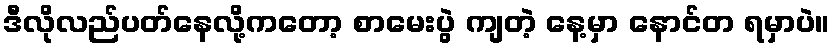
ဒီလိုလည်ပတ်နေလို့ကတော့ စာမေးပွဲ ကျတဲ့ နေ့မှာ နောင်တ ရမှာပဲ။